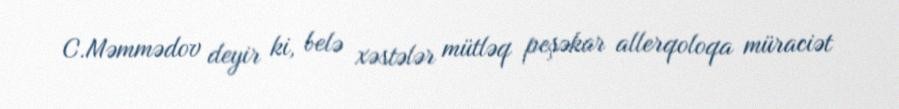
C.Məmmədov deyir ki, belə xəstələr mütləq peşəkar allerqoloqa müraciət